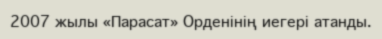
2007 жылы «Парасат» Орденінің иегері атанды.